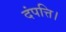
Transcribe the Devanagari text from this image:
दंपत्ति।